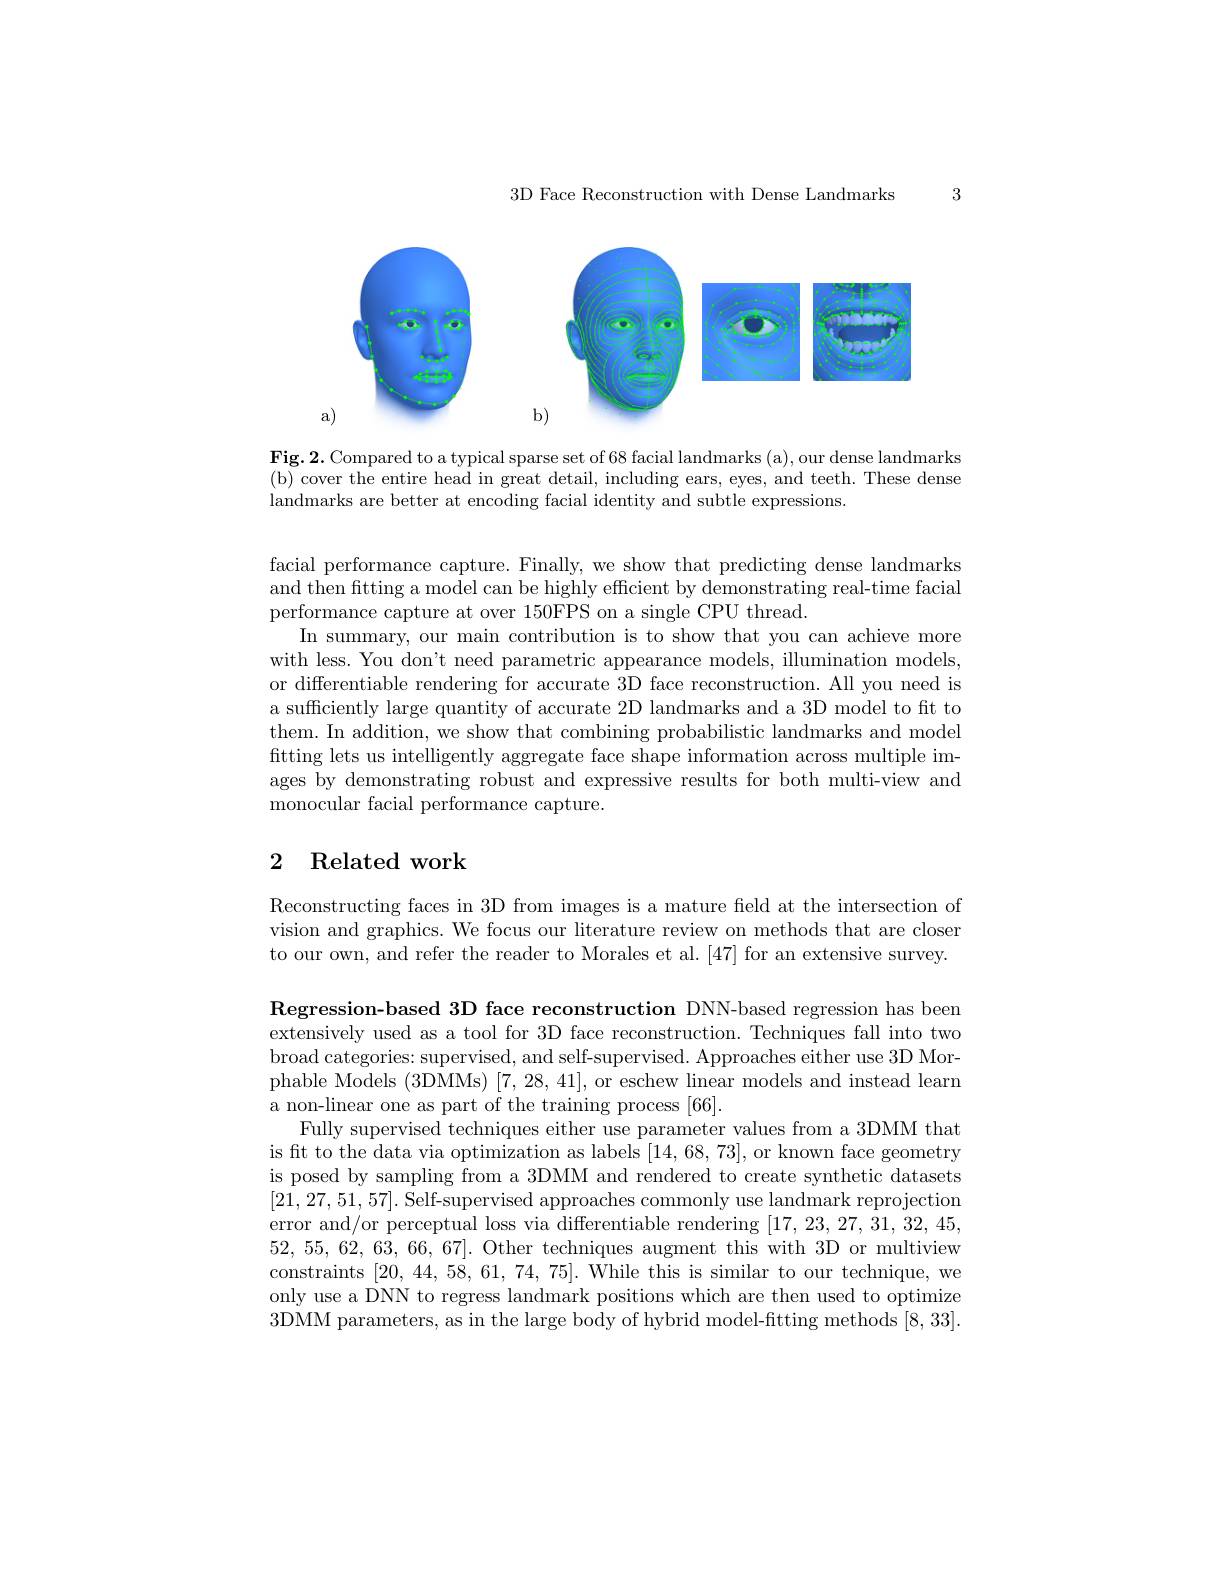
3D Face Reconstruction with Dense Landmarks

3

<FigureHere>

$\mathbf{Fig.2.~Compared~to~a~typical~sparse~set~of~68~facial~landmarks~(a),~our~dense~landmarks}$ (b) cover the entire head in great detail, including ears, eyes, and teeth. These dense landmarks are better at encoding facial identity and subtle expressions.

facial performance capture. Finally, we show that predicting dense landmarks and then fitting a model can be highly efficient by demonstrating real-time facial performance capture at over 150FPS on a single CPU thread.
In summary, our main contribution is to show that you can achieve more with less. You don't need parametric appearance models, illumination models, or differentiable rendering for accurate 3D face reconstruction. All you need is a sufficiently large quantity of accurate 2D landmarks and a 3D model to ft to them. In addition, we show that combining probabilistic landmarks and model fitting lets us intelligently aggregate face shape information across multiple images by demonstrating robust and expressive results for both multi-view and monocular facial performance capture.

# 2 Related work

Reconstructing faces in 3D from images is a mature feld at the intersection of vision and graphics. We focus our literature review on methods that are closer to our own, and refer the reader to Morales et al. [47] for an extensive survey.

Regression-based 3D face reconstruction DNN-based regression has been extensively used as a tool for 3D face reconstruction. Techniques fall into two broad categories: supervised, and self-supervised. Approaches either use 3D Morphable Models (3DMMs) [7,28,41],or eschew linear models and instead learn a non-linear one as part of the training process [66].
Fully supervised techniques either use parameter values from a 3DMM that is ft to the data via optimization as labels [14,68,73], or known face geometry is posed by sampling from a 3DMM and rendered to create synthetic datasets [21,27,51,57]. Self-supervised approaches commonly use landmark reprojection error and/or perceptual loss via differentiable rendering [17,23,27,31,32,45, 52, 55, 62, 63, 66, 67]. Other techniques augment this with 3D or multiview constraints [20,44,58,61,74,75]. While this is similar to our technique, we only use a DNN to regress landmark positions which are then used to optimize 3DMM parameters, as in the large body of hybrid model-fitting methods [8,33].